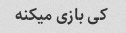
کی بازی میکنه